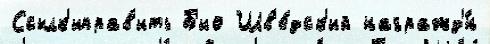
Ссылк'иправ'ить Б'ио Шв'е́дск'ий награжд'́н